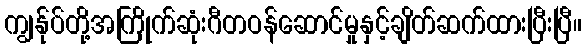
ကျွန်ုပ်တို့အကြိုက်ဆုံးဂီတဝန်ဆောင်မှုနှင့်ချိတ်ဆက်ထားပြီးပြီ။